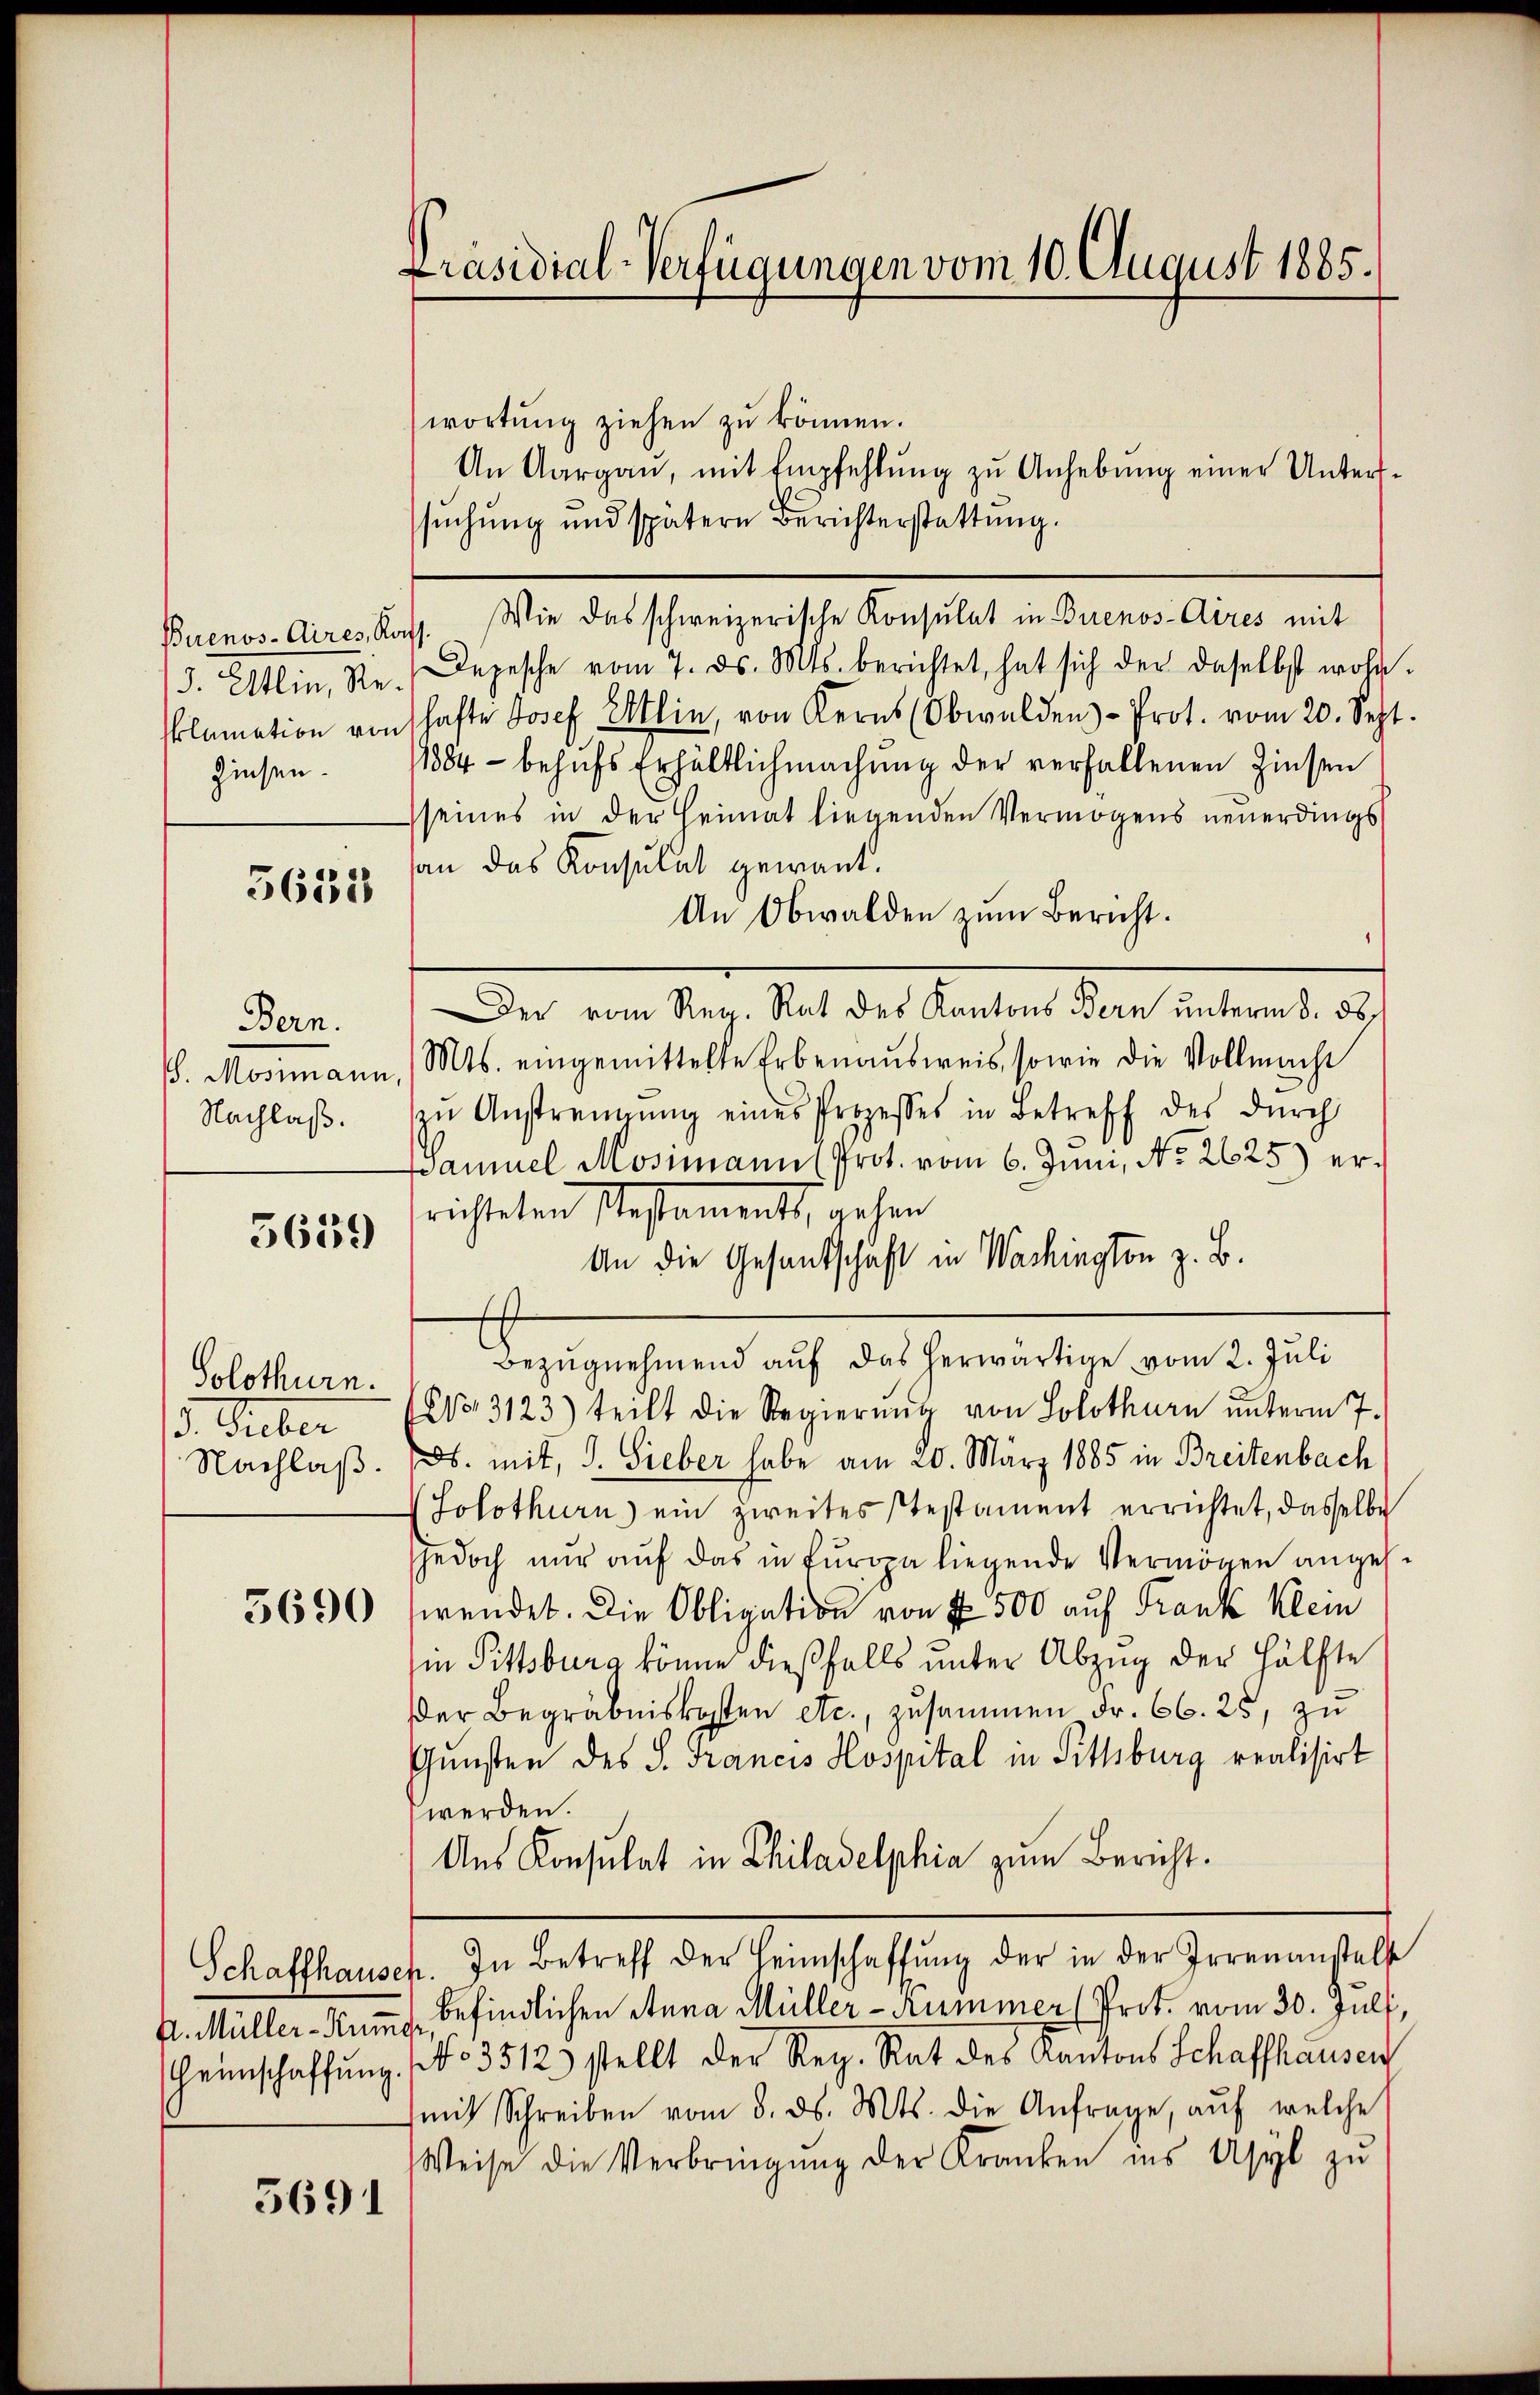
(3. Atlin, Rezinsen.

5635

Bern.
Nachlaß.

5639

Solothurn.
1. Feber

G. Müller-Kumer,

5691

wortŭng ziehen zŭ können.
An Aargaŭ, mit Empfehlŭng zŭ Anhebŭng einer Unters-
suchung und spätern Berichterstattung.
Buenos-Aires, Kass. Wie das schweizerische Konsulat in Buenos-Aires mit
Depesche vom 7. ds. Mts. berichtet, hat sich der daselbst wohnklamation von hafte Josef Elin, von Kerns (Obwalden-Prot. vom 20. Sept.
1884 - behufs Erhältlichmachung der verfallenen Zinsen
seines in der Heimat liegenden Vermögens neuerdings
an das Konsulat gewant.
An Obwalden zum Bericht.
Der vom Reg. Rat des Kantons Bern unterm 8. ds.
. Mosimann, Mts. eingemittelte Erbenaŭsweis, sowie die Vollmacht
zŭ Anstrengung eines Prozesses in Betreff des durch
Samuel Mosimann (Prot. vom 6. Juni, No 2625) errichteten Messements, gehen
An die Gesantschäft in Wachington z. B.
Bezŭgnehmend auf das herwärtige vom 2. Juli
Z 3123) teilt die Regierŭng von Solothurn ŭnterm 7.
Nachlaß. ds. mit, d. Sieber habe am 20. März 1885 in Breitenbach
Solothurn) ein zweites stestament errichtet, dasselbe
jedoch nŭr aŭf das in Europa liegende Vermögen anges.
3696 fwendet. Die Obligation von 1 500 auf Frank Klein
in Pittsburg könne dießfalls unter Abzug der Hälfte
Der Begräbniskosten etc., zusammen Fr. 66. 25, zu
Gunsten des S. Francis Hospital in Pittsburg realisirt
werden.
Ans Konsulat in Chiladelphia zum Bericht.
Schaffhausen. In Betreff der Heimschaffŭng der in der Irrenanstell
befindlichen Anna Müller-Kummer (Prot. vom 30. Juli,
heinschaffŭng No 3512) stellt der Reg. Rat des Kantons Schaffhausen
mit Schreiben vom 8. ds. Mts. die Anfrage, auf welche
Weise die Verbringŭng der Kranken ins Asyl zŭ

Präsidial-Verfügungen vom 10. August 1865.